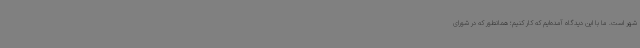
شهر است. ما با این دیدگاه آمده‌ایم که کار کنیم؛ همانطور که در شورای